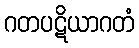
ဂတပဋိယာဂတံ